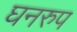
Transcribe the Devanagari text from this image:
घनरुप